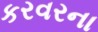
કરવરના